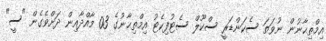
އިމްތިޙާނުން ނުވަތަ ސެކަންޑަރީ ސްކޫލް ސެޓުފިކެޓު އިމްތިޙާނުގެ 03 މާއްދާއިން ދަށްވެގެން "ސީ"